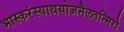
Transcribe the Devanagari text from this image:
भास्करंस्याथयोजनैलतन्मिरो